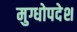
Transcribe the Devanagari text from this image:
मुग्धोपदेश